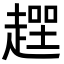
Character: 𧼻